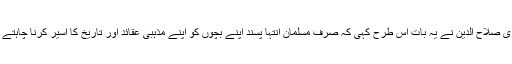
غازی صلاح الدین نے یہ بات اس طرح کہی کہ صرف مسلمان انتہا پسند اپنے بچوں کو اپنے مذہبی عقائد اور تاریخ کا اسیر کرنا چاہتے ہیں۔